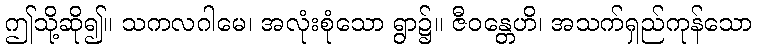
ဤသို့ဆို၍။ သကလဂါမေ၊ အလုံးစုံသော ရွာ၌။ ဇီဝန္တေဟိ၊ အသက်ရှည်ကုန်သော